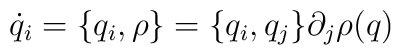
\dot{q}_i = \{q_i, \rho\} =  \{q_i, q_j\} \partial_j \rho(q)